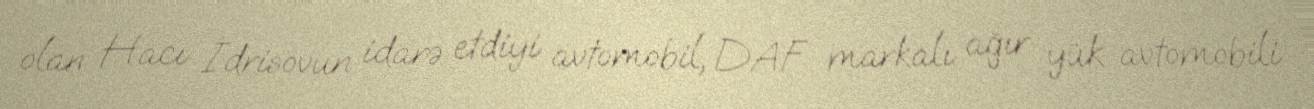
olan Hacı İdrisovun idarə etdiyi avtomobil, DAF markalı ağır yük avtomobili